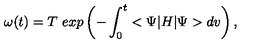
{ \omega } ( t ) = T \ e x p \left( - \int _ { 0 } ^ { t } < \Psi | H | \Psi > d v \right) ,